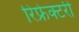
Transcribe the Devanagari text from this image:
रिफ्रेक्टरी